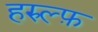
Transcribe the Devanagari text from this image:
हरुल्फ़